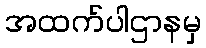
အထက်ပါဌာနမှ